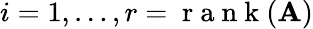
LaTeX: i=1,\dots,r=\mathrm{~r~a~n~k~}(\textbf{A})